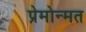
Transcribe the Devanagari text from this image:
प्रेमोन्मत